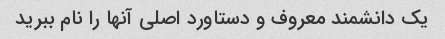
یک دانشمند معروف و دستاورد اصلی آنها را نام ببرید